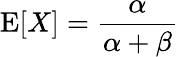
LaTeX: \operatorname{E}[X]={\frac{\alpha}{\alpha+\beta}}